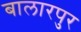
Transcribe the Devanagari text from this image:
बालारपुर